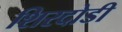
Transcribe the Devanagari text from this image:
शिरदोडी